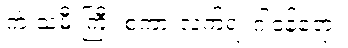
ကဲ သမီးကြီး စကားလက်ရဲ့ ဂါဝန်ရော။